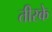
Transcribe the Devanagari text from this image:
तीरके